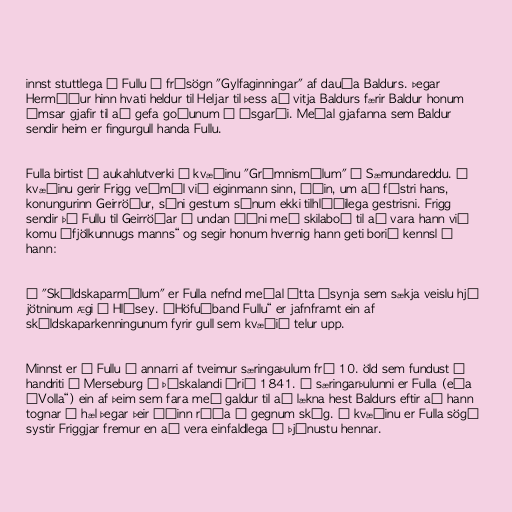
innst stuttlega á Fullu í frásögn "Gylfaginningar" af dauða Baldurs. Þegar
Hermóður hinn hvati heldur til Heljar til þess að vitja Baldurs færir Baldur honum
ýmsar gjafir til að gefa goðunum í Ásgarði. Meðal gjafanna sem Baldur
sendir heim er fingurgull handa Fullu.

Fulla birtist í aukahlutverki í kvæðinu "Grímnismálum" í Sæmundareddu. Í
kvæðinu gerir Frigg veðmál við eiginmann sinn, Óðin, um að fóstri hans,
konungurinn Geirröður, sýni gestum sínum ekki tilhlýðilega gestrisni. Frigg
sendir þá Fullu til Geirröðar á undan Óðni með skilaboð til að vara hann við
komu „fjölkunnugs manns“ og segir honum hvernig hann geti borið kennsl á
hann:

Í "Skáldskaparmálum" er Fulla nefnd meðal átta ásynja sem sækja veislu hjá
jötninum Ægi í Hlésey. „Höfuðband Fullu“ er jafnframt ein af
skáldskaparkenningunum fyrir gull sem kvæðið telur upp.

Minnst er á Fullu í annarri af tveimur særingaþulum frá 10. öld sem fundust í
handriti í Merseburg í Þýskalandi árið 1841. Í særingarþulunni er Fulla (eða
„Volla“) ein af þeim sem fara með galdur til að lækna hest Baldurs eftir að hann
tognar á hæl þegar þeir Óðinn ríða í gegnum skóg. Í kvæðinu er Fulla sögð
systir Friggjar fremur en að vera einfaldlega í þjónustu hennar.